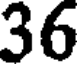
36